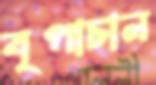
বৃপাচান